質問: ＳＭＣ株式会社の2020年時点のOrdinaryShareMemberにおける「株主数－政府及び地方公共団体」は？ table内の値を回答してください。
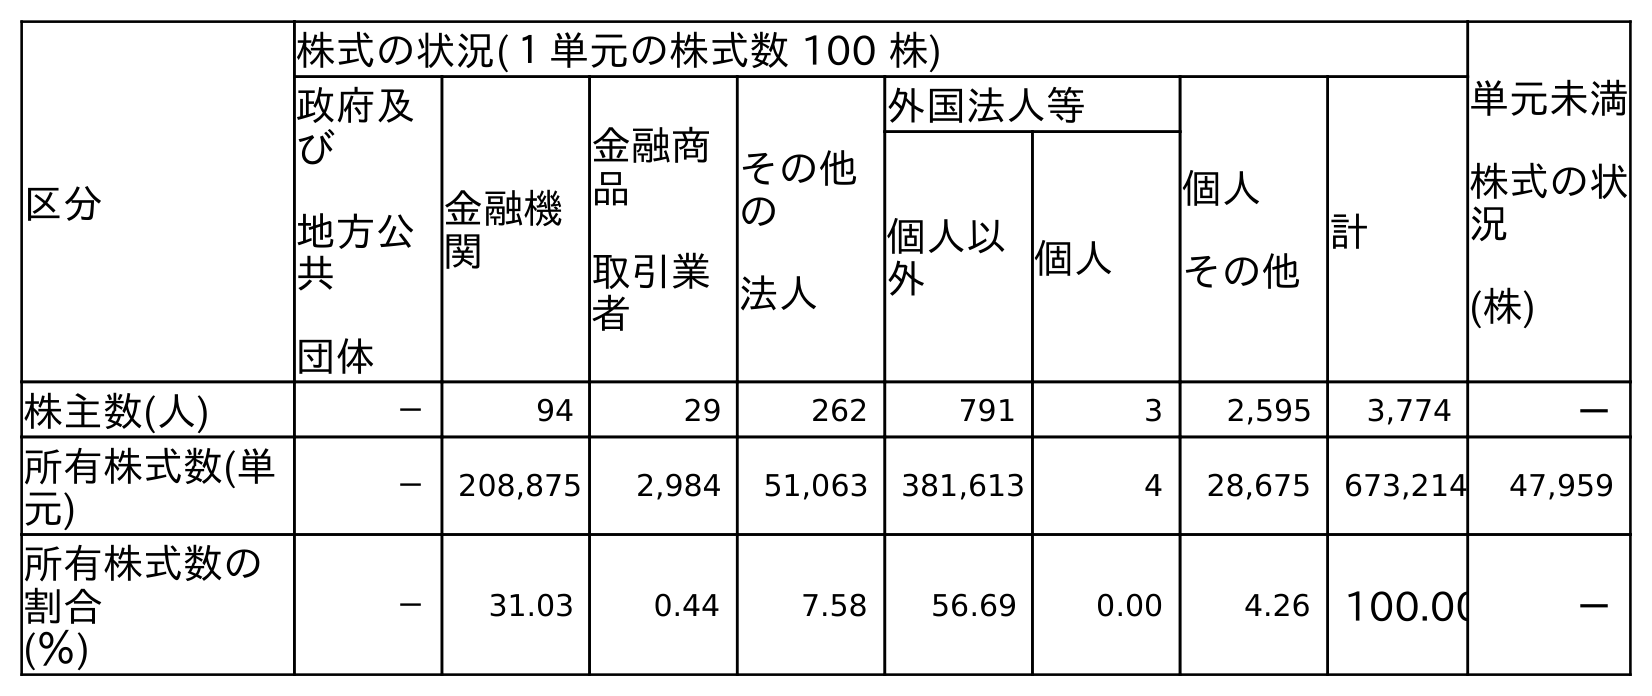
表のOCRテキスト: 区分 株式の状況(１単元の株式数 100 株) 単元未満 株式の状 況 (株) 政府及 び 地方公 共 団体 金融機 関 金融商 品 取引業 者 その他 の 法人 外国法人等 個人 その他 計 個人以 外 個人 株主数(人) － 94 29 262 791 3 2,595 3,774 － 所有株式数(単 元) － 208,875 2,984 51,063 381,613 4 28,675 673,214 47,959 所有株式数の 割合 (％) － 31.03 0.44 7.58 56.69 0.00 4.26 100.00 －
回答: －